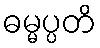
ဓမ္မပ္ပတိ